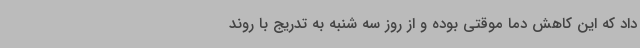
داد که این کاهش دما موقتی بوده و از روز سه شنبه به تدریج با روند